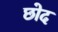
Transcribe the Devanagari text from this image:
छोद